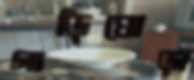
গাড়িঘোড়া